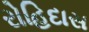
રોહિદાસ